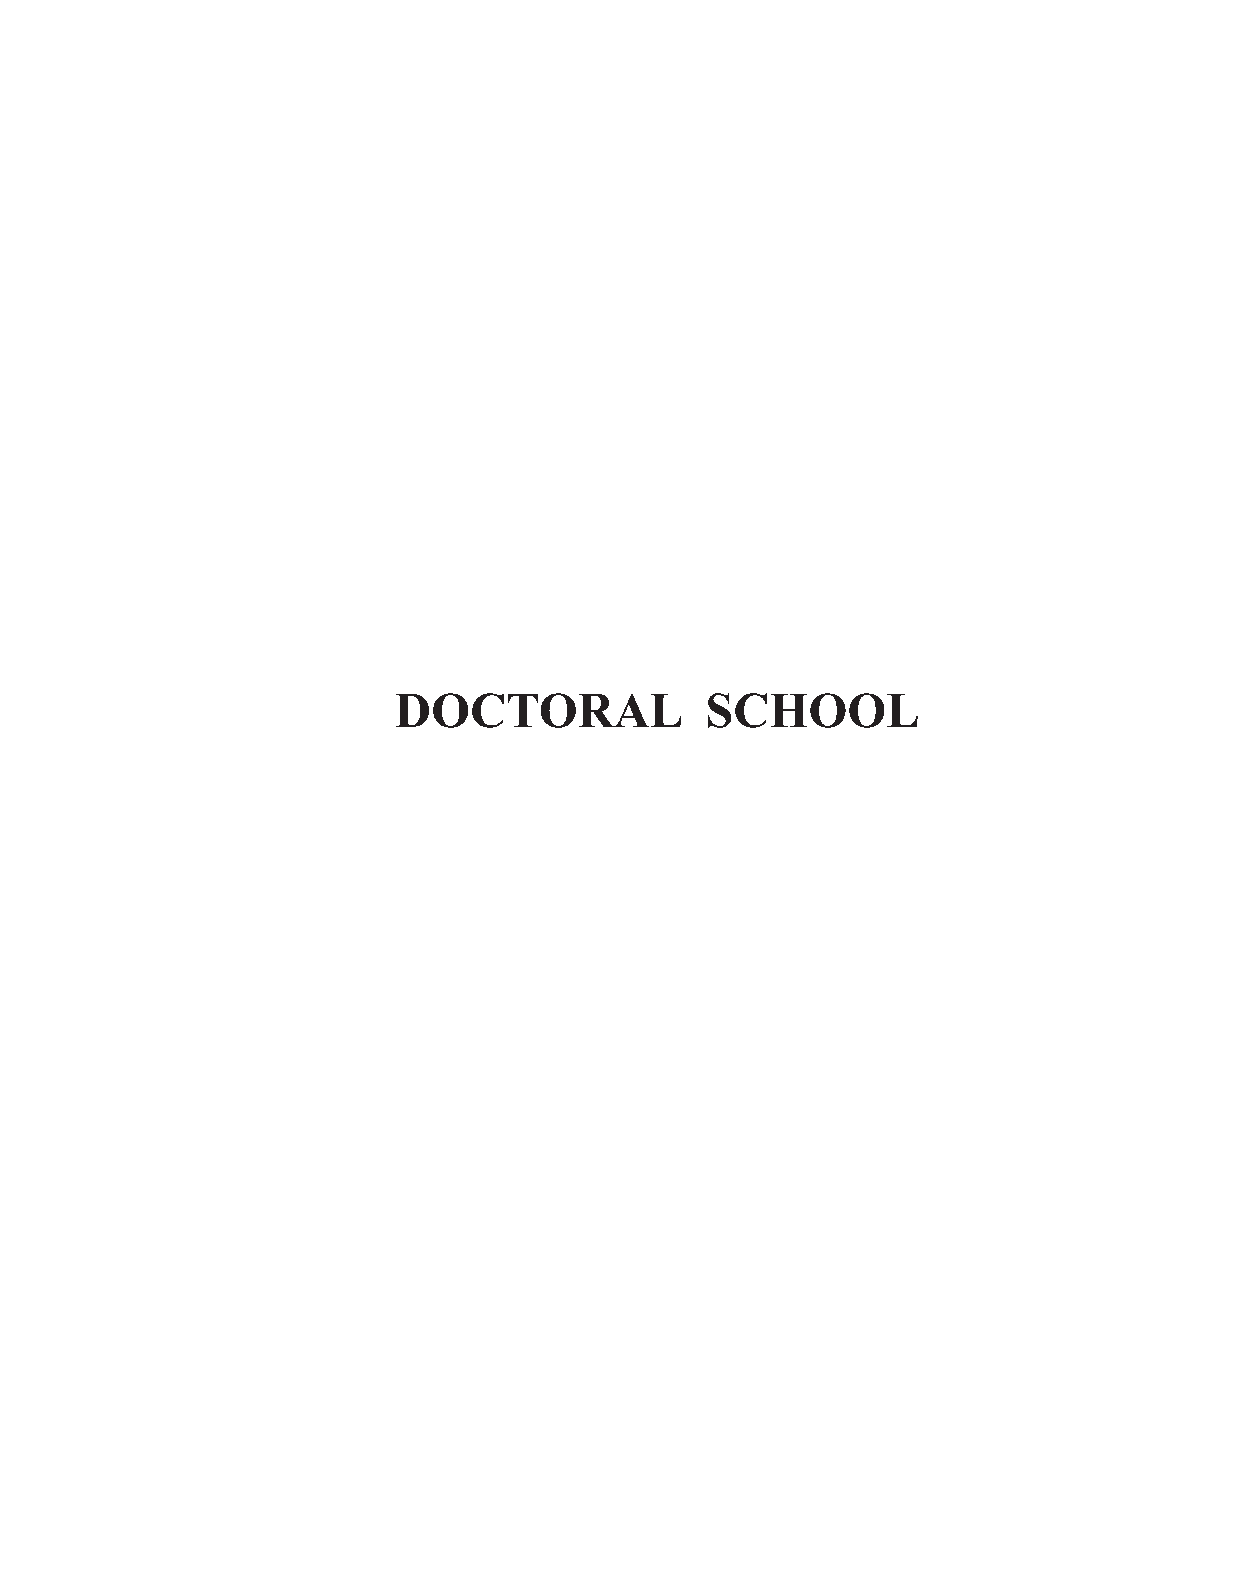
Doctoral School
 DOCTORAL             SCHOOL
 MEDICINE AND PHARMACY REPORTS 2021 VOL. 94 - Supplement No. 4 S83